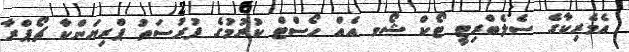
އެމެރިކާގެ ސެލެބްރިޓީ ޓޯކް ޝޯވ އެއް ހޯސްޓް ކުރުމުގެ ފުރުސަތު ޕްރިޔަންކާ ޗޯޕްރާ